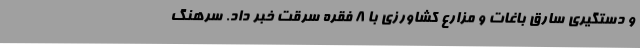
و دستگیری سارق باغات و مزارع کشاورزی با 8 فقره سرقت خبر داد. سرهنگ